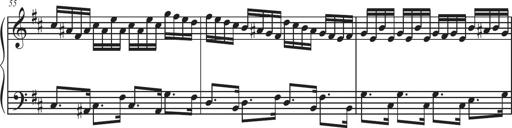
Title: Sonatina Espania
Composer: Jerald Franklin Archer
Key: Various